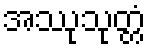
အဿုသုတ္တံ